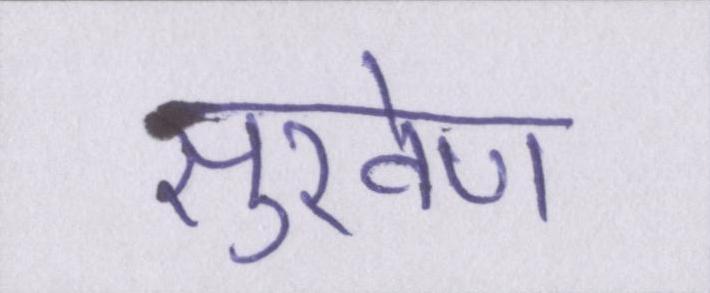
सुखेण